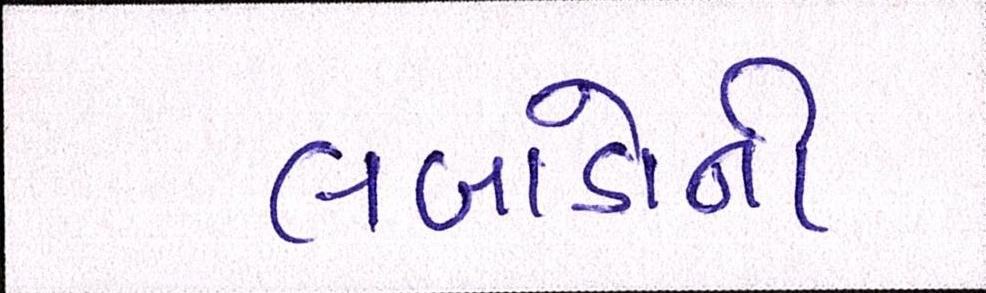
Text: લબાડોની